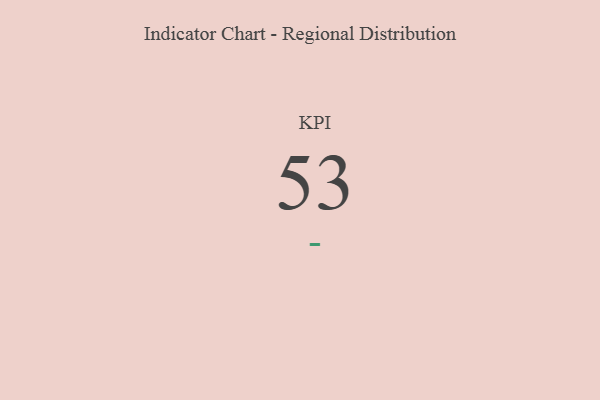
{"axis": {"x": "KPI", "y": "Value"}, "legend": [""], "data": [{"x": "KPI", "y": 53, "type": ""}]}